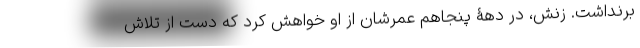
برنداشت. زنش، در دهۀ پنجاهم عمرشان از او خواهش کرد که دست از تلاش